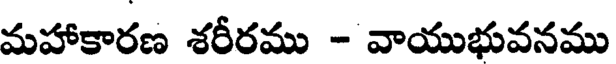
మహాకారణ శరీరము - వాయుభువనము